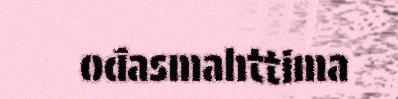
ođasmahttima